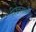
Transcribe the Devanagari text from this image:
विडंबनापूर्वक